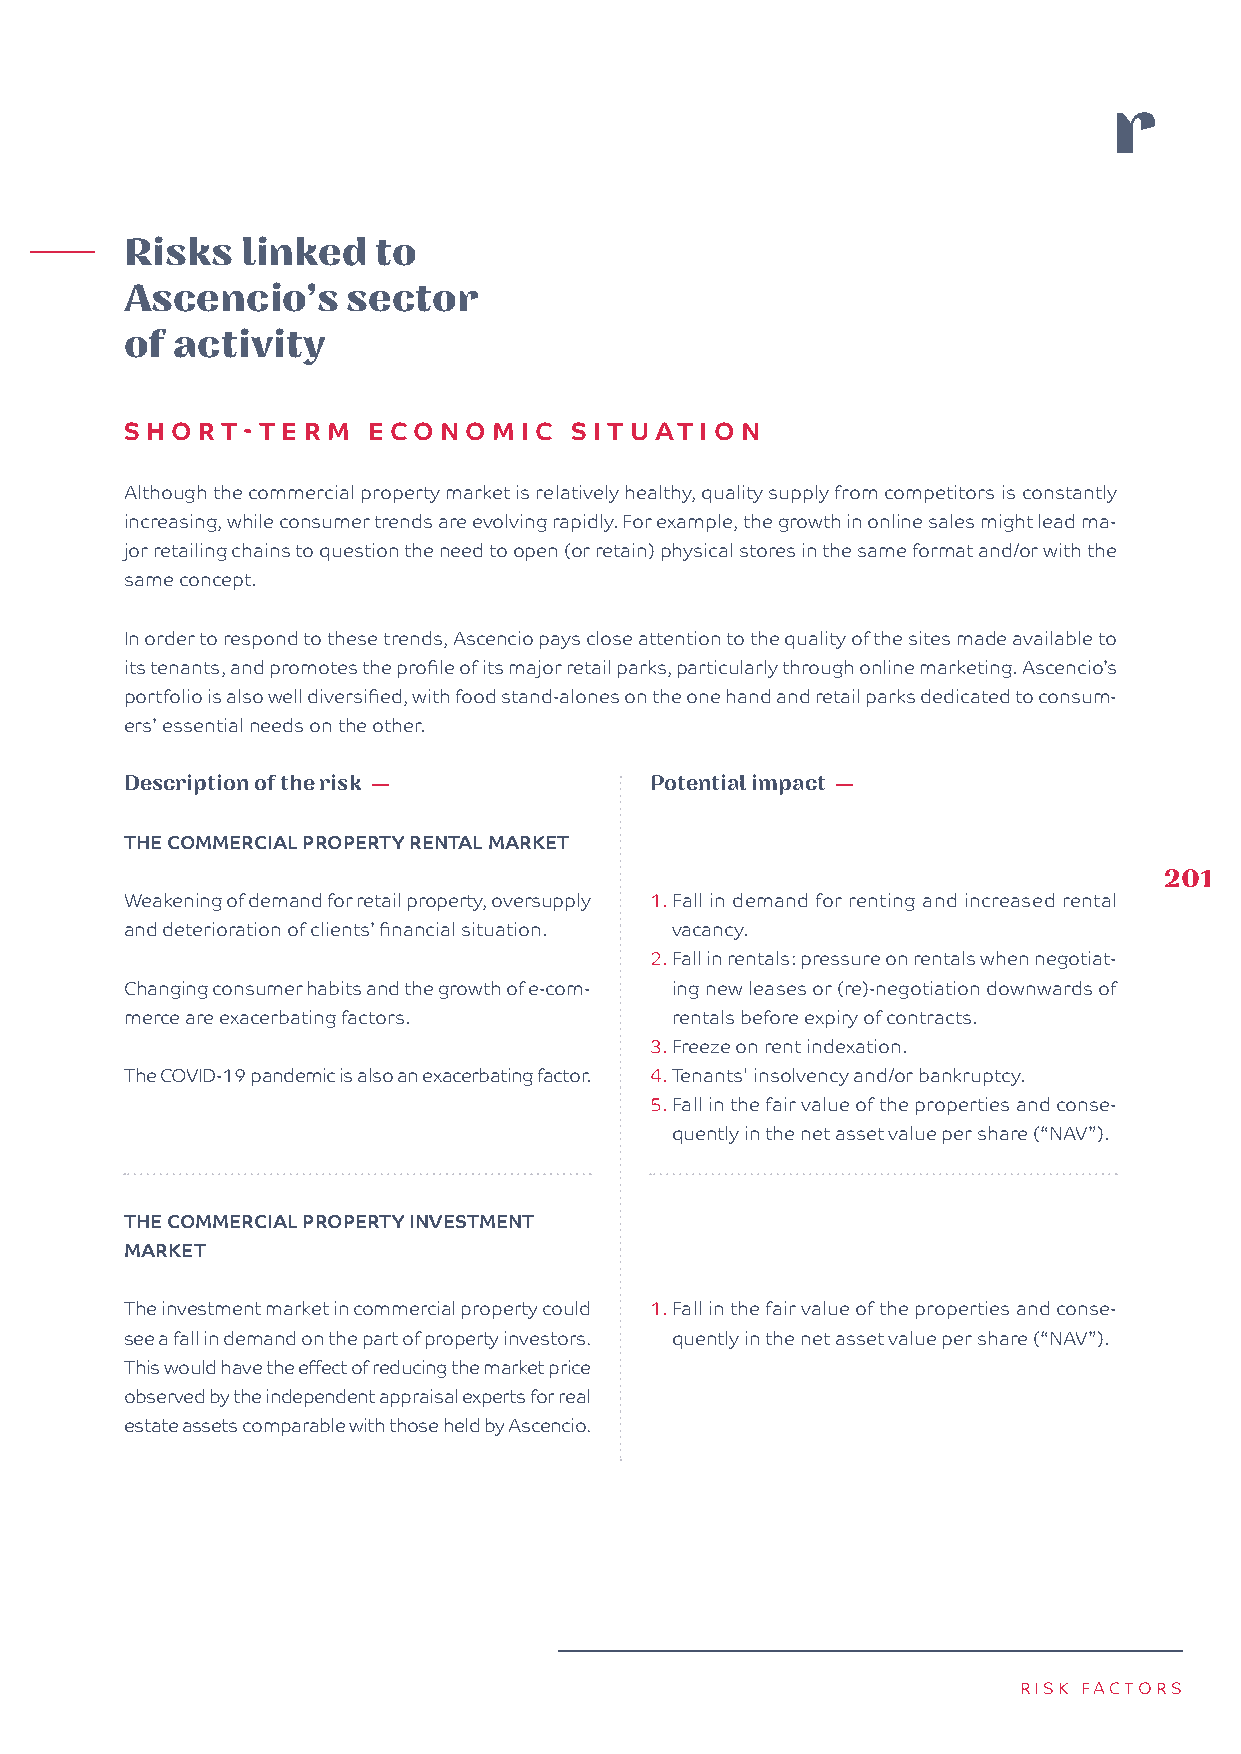
Risks   linked   to
 Ascencio’s     sector
 of  activity
 SHORT   -TERM   ECONOM    IC  SI TUATIO  N
 Although the commercial property market is relatively healthy, quality supply from competitors is constantly
 increasing, while consumer trends are evolving rapidly. For example, the growth in online sales might lead ma-
 jor retailing chains to question the need to open (or retain) physical stores in the same format and/or with the
 same concept.
 In order to respond to these trends, Ascencio pays close attention to the quality of the sites made available to
 its tenants, and promotes the profile of its major retail parks, particularly through online marketing. Ascencio’s
 portfolio is also well diversified, with food stand-alones on the one hand and retail parks dedicated to consum-
 ers’ essential needs on the other.
 Description of the risk —          Potential impact —NTIEL
 THE COMMERCIAL PROPERTY RENTAL MARKET
 201
 Weakening of demand for retail property, oversupply 1. Fall in demand for renting and increased rental
 and deterioration of clients’ financial situation. vacancy.
 2. Fall in rentals: pressure on rentals when negotiat-
 Changing consumer habits and the growth of e-com- ing new leases or (re)-negotiation downwards of
 merce are exacerbating factors.     rentals before expiry of contracts.
 3. Freeze on rent indexation.
 The COVID-19 pandemic is also an exacerbating factor. 4. Tenants' insolvency and/or bankruptcy.
 5. Fall in the fair value of the properties and conse-
 quently in the net asset value per share (“NAV”).
 THE COMMERCIAL PROPERTY INVESTMENT
 MARKET
 The investment market in commercial property could 1. Fall in the fair value of the properties and conse-
 see a fall in demand on the part of property investors. quently in the net asset value per share (“NAV”).
 This would have the effect of reducing the market price
 observed by the independent appraisal experts for real
 estate assets comparable with those held by Ascencio.
 RISK FACTORS